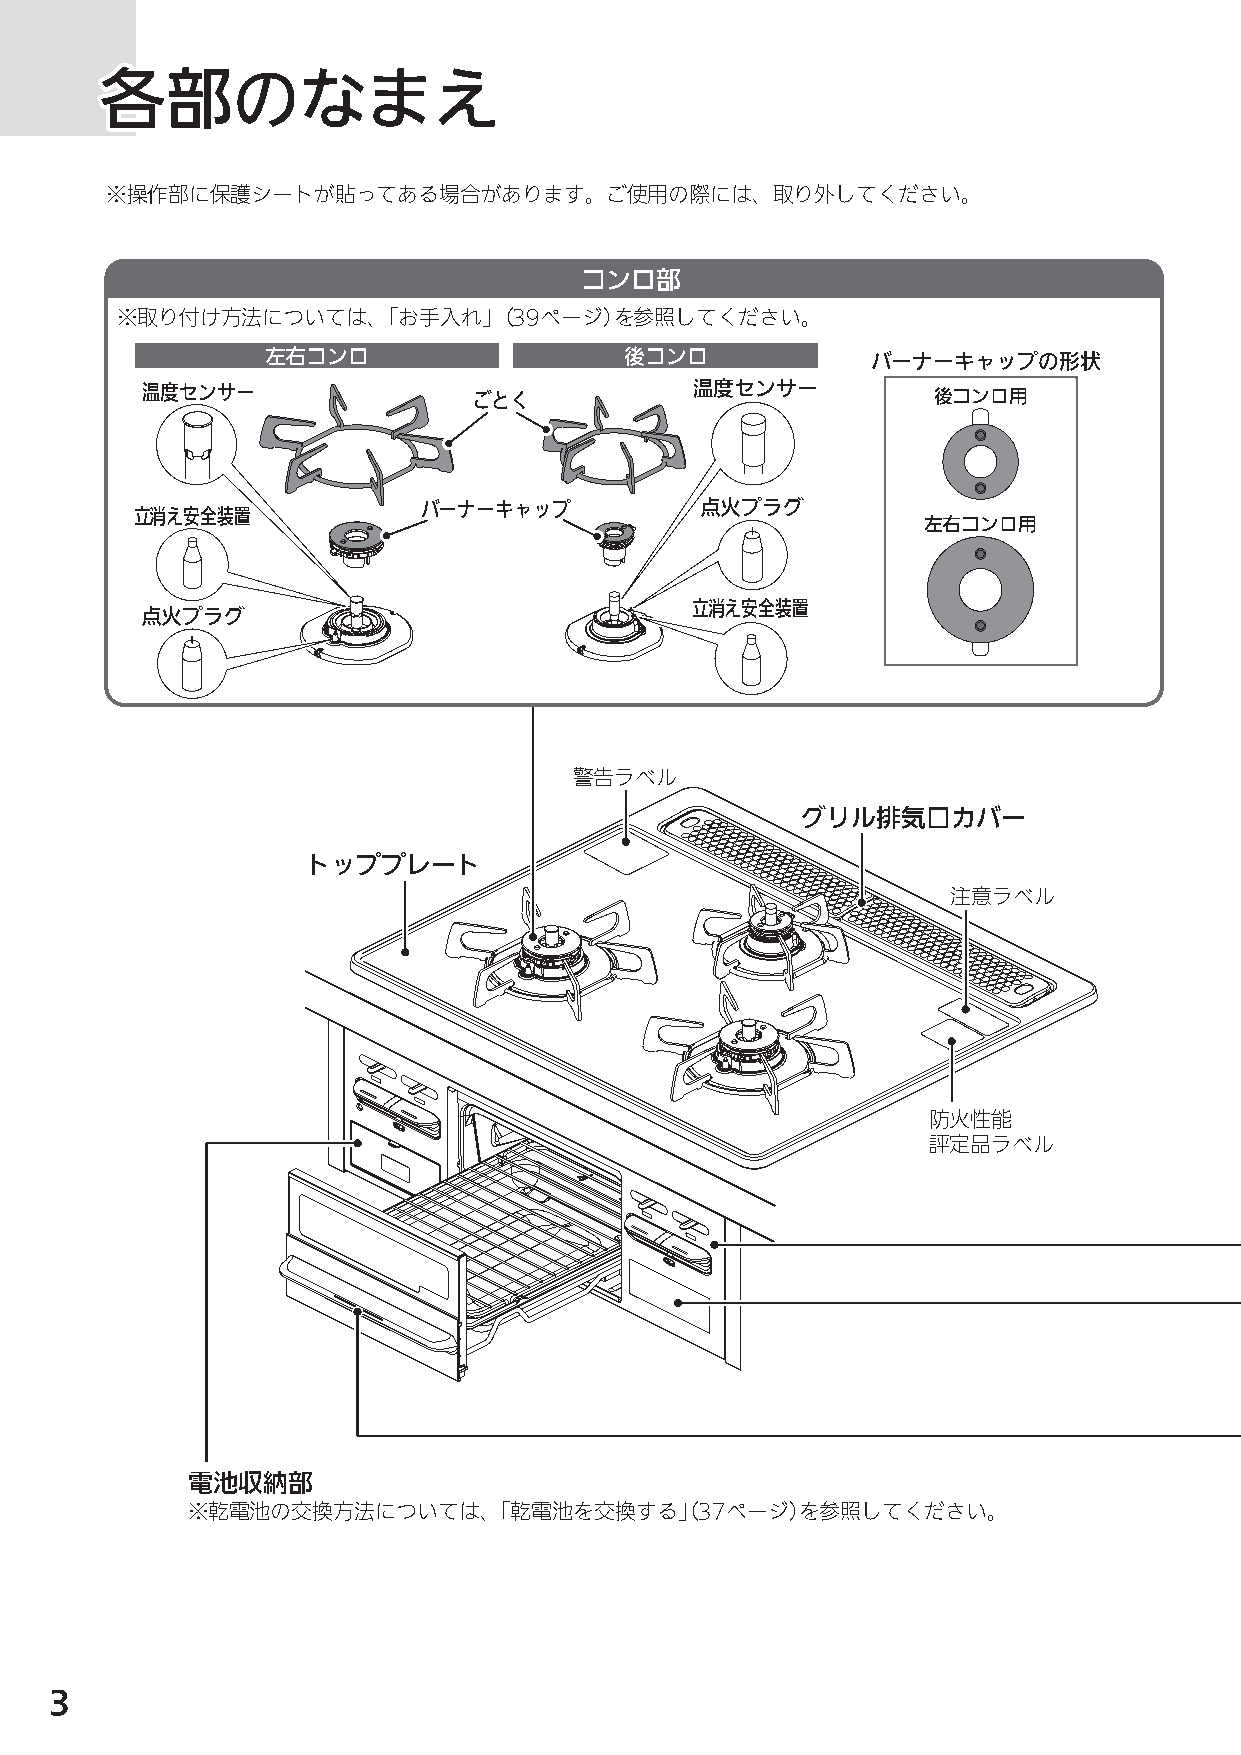
各各各部部部のののなななまままえええ
 ※操作部に保護シートが貼ってある場合があります。ご使用の際には、取り外してください。
 コンロ部
 ※取り付け方法については、「お手入れ」（39ページ）を参照してください。
 左右コンロ                  後コンロ             バーナーキャップの形状
 温度センサー                ごとく            温度センサー          後コンロ用
 バーナーキャップ          点火プラグ
 立消え安全装置
 左右コンロ用
 立消え安全装置
 点火プラグ
 警告ラベル
 グリル排気口カバー
 トッププレート
 注意ラベル
 防火性能
 評定品ラベル
 電池収納部
 ※乾電池の交換方法については、「乾電池を交換する」（37ページ）を参照してください。
 3
 N3GN2RJT_取説_NR.indd 3                                                    2014/01/21 8:50:26